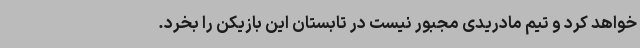
خواهد کرد و تیم مادریدی مجبور نیست در تابستان این بازیکن را بخرد.